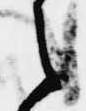
之